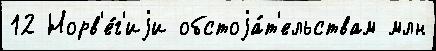
12 Норв'е́г'иjи обстоjа́т'ельствам млн